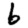
Digit: 6